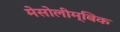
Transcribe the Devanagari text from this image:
मेसोलीम्बिक